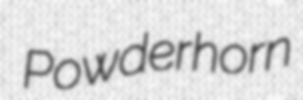
Powderhorn